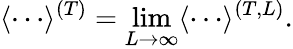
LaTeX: \langle\cdots\rangle^{(T)}=\operatorname*{lim}_{L\to\infty}\langle\cdots\rangle^{(T,L)}.